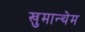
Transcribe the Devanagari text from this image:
खुमान्थेम